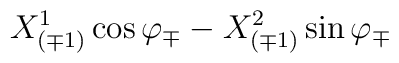
{X^1_{(\mp 1)} \cos\varphi_\mp - X^2_{(\mp 1)} \sin\varphi_\mp }